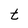
Character: t